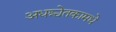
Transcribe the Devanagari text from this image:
अधश्चेतकामधे